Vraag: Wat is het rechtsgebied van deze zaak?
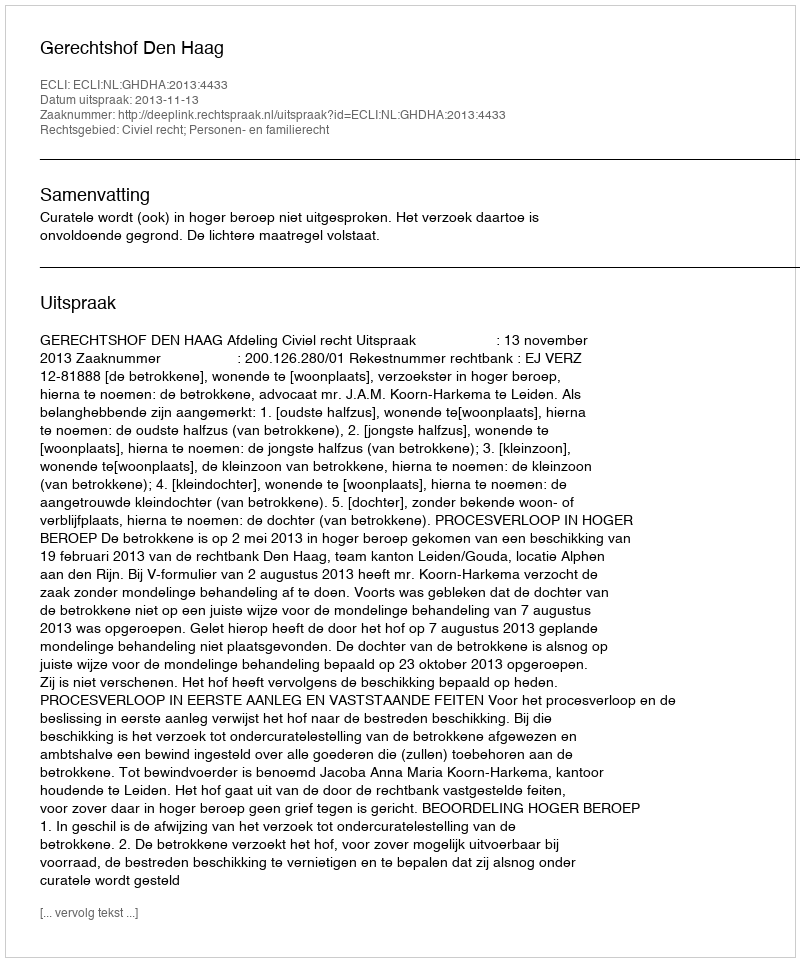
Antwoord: Civiel recht; Personen- en familierecht